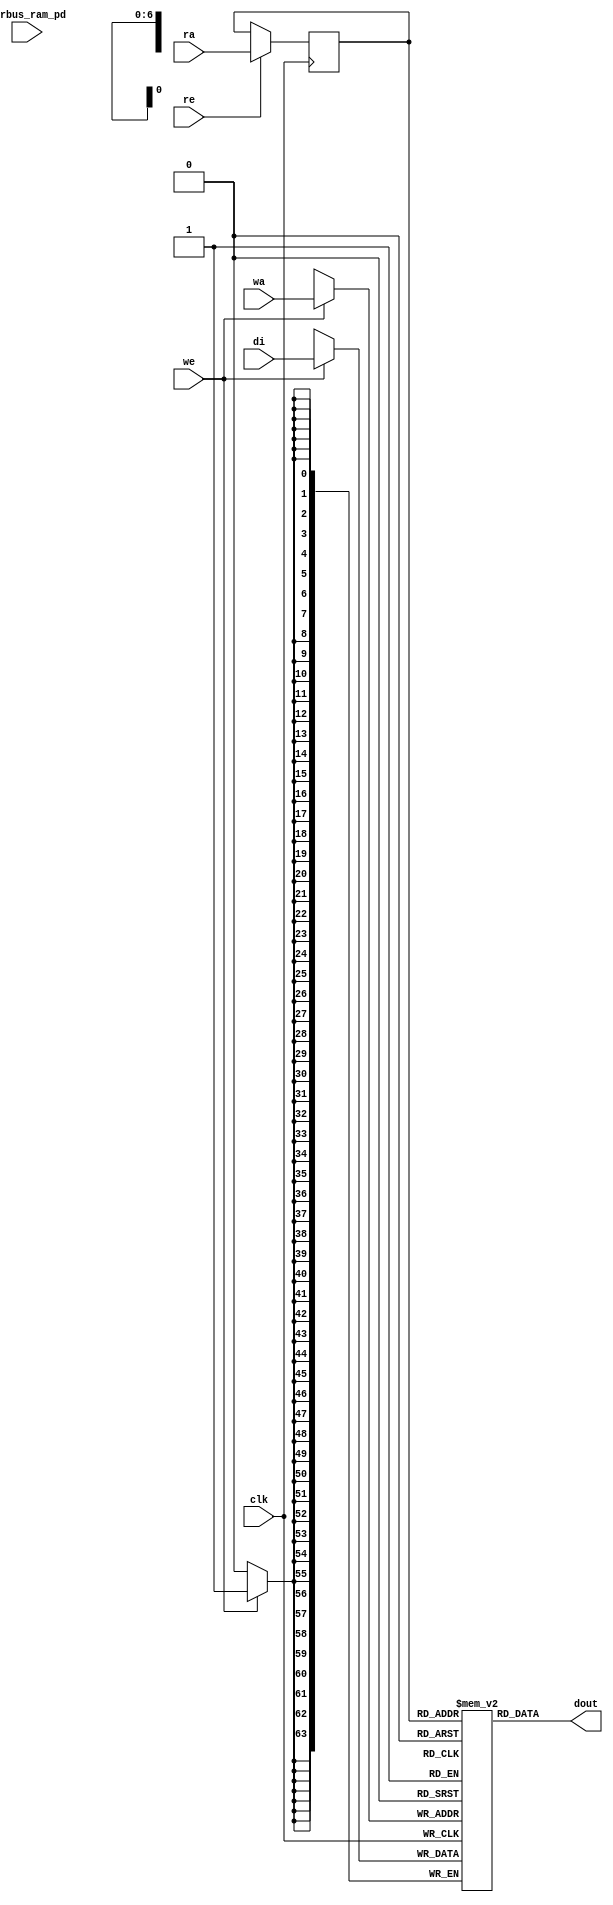

module nv_ram_rws_128x64 ( 
		clk,
		ra,
		re,
		dout,
		wa,
		we,
		di,
		pwrbus_ram_pd
);

parameter FORCE_CONTENTION_ASSERTION_RESET_ACTIVE=1'b0;

// port list
input			clk;
input	[6:0]	ra;
input			re;
output	[63:0]	dout;
input	[6:0]	wa;
input			we;
input	[63:0]	di;
input	[31:0]	pwrbus_ram_pd;

//reg and wire list
reg		[6:0]	ra_d;
wire	[63:0]	dout;
reg		[63:0]	M	[127:0];

always @( posedge clk ) begin
    if (we)
       M[wa] <= di;
end
 
always @( posedge clk ) begin
    if (re) 
       ra_d <= ra;
end
assign  dout = M[ra_d];

endmodule